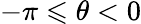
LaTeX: -\pi\leqslant\theta<0